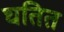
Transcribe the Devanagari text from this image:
घतित